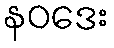
နဝဒေး